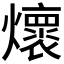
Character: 𭶦